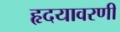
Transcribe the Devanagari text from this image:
हृदयावरणी